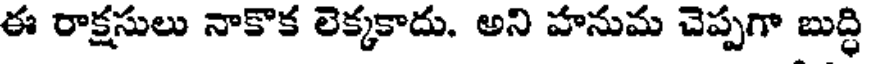
ఈ రాక్షసులు నాకొక లెక్కకాదు. అని హనుమ చెప్పగా బుద్ధి